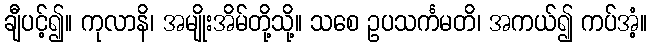
ချီပင့်၍။ ကုလာနိ၊ အမျိုးအိမ်တို့သို့။ သစေ ဥပသင်္ကမတိ၊ အကယ်၍ ကပ်အံ့။